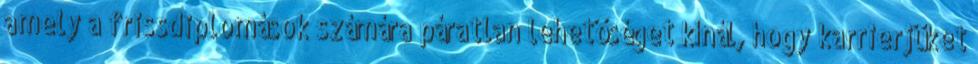
amely a frissdiplomások számára páratlan lehetőséget kínál, hogy karrierjüket